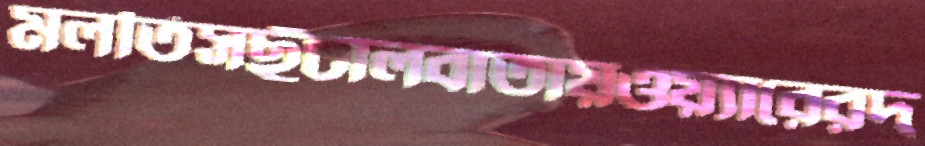
মলতিসছুঁচালবাতায়ওয়্যারেরদ